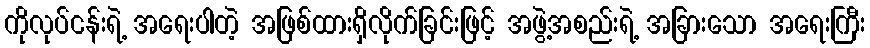
ကိုလုပ်ငန်းရဲ့ အရေးပါတဲ့ အဖြစ်ထားရှိလိုက်ခြင်းဖြင့် အဖွဲ့အစည်းရဲ့ အခြားသော အရေးကြီး